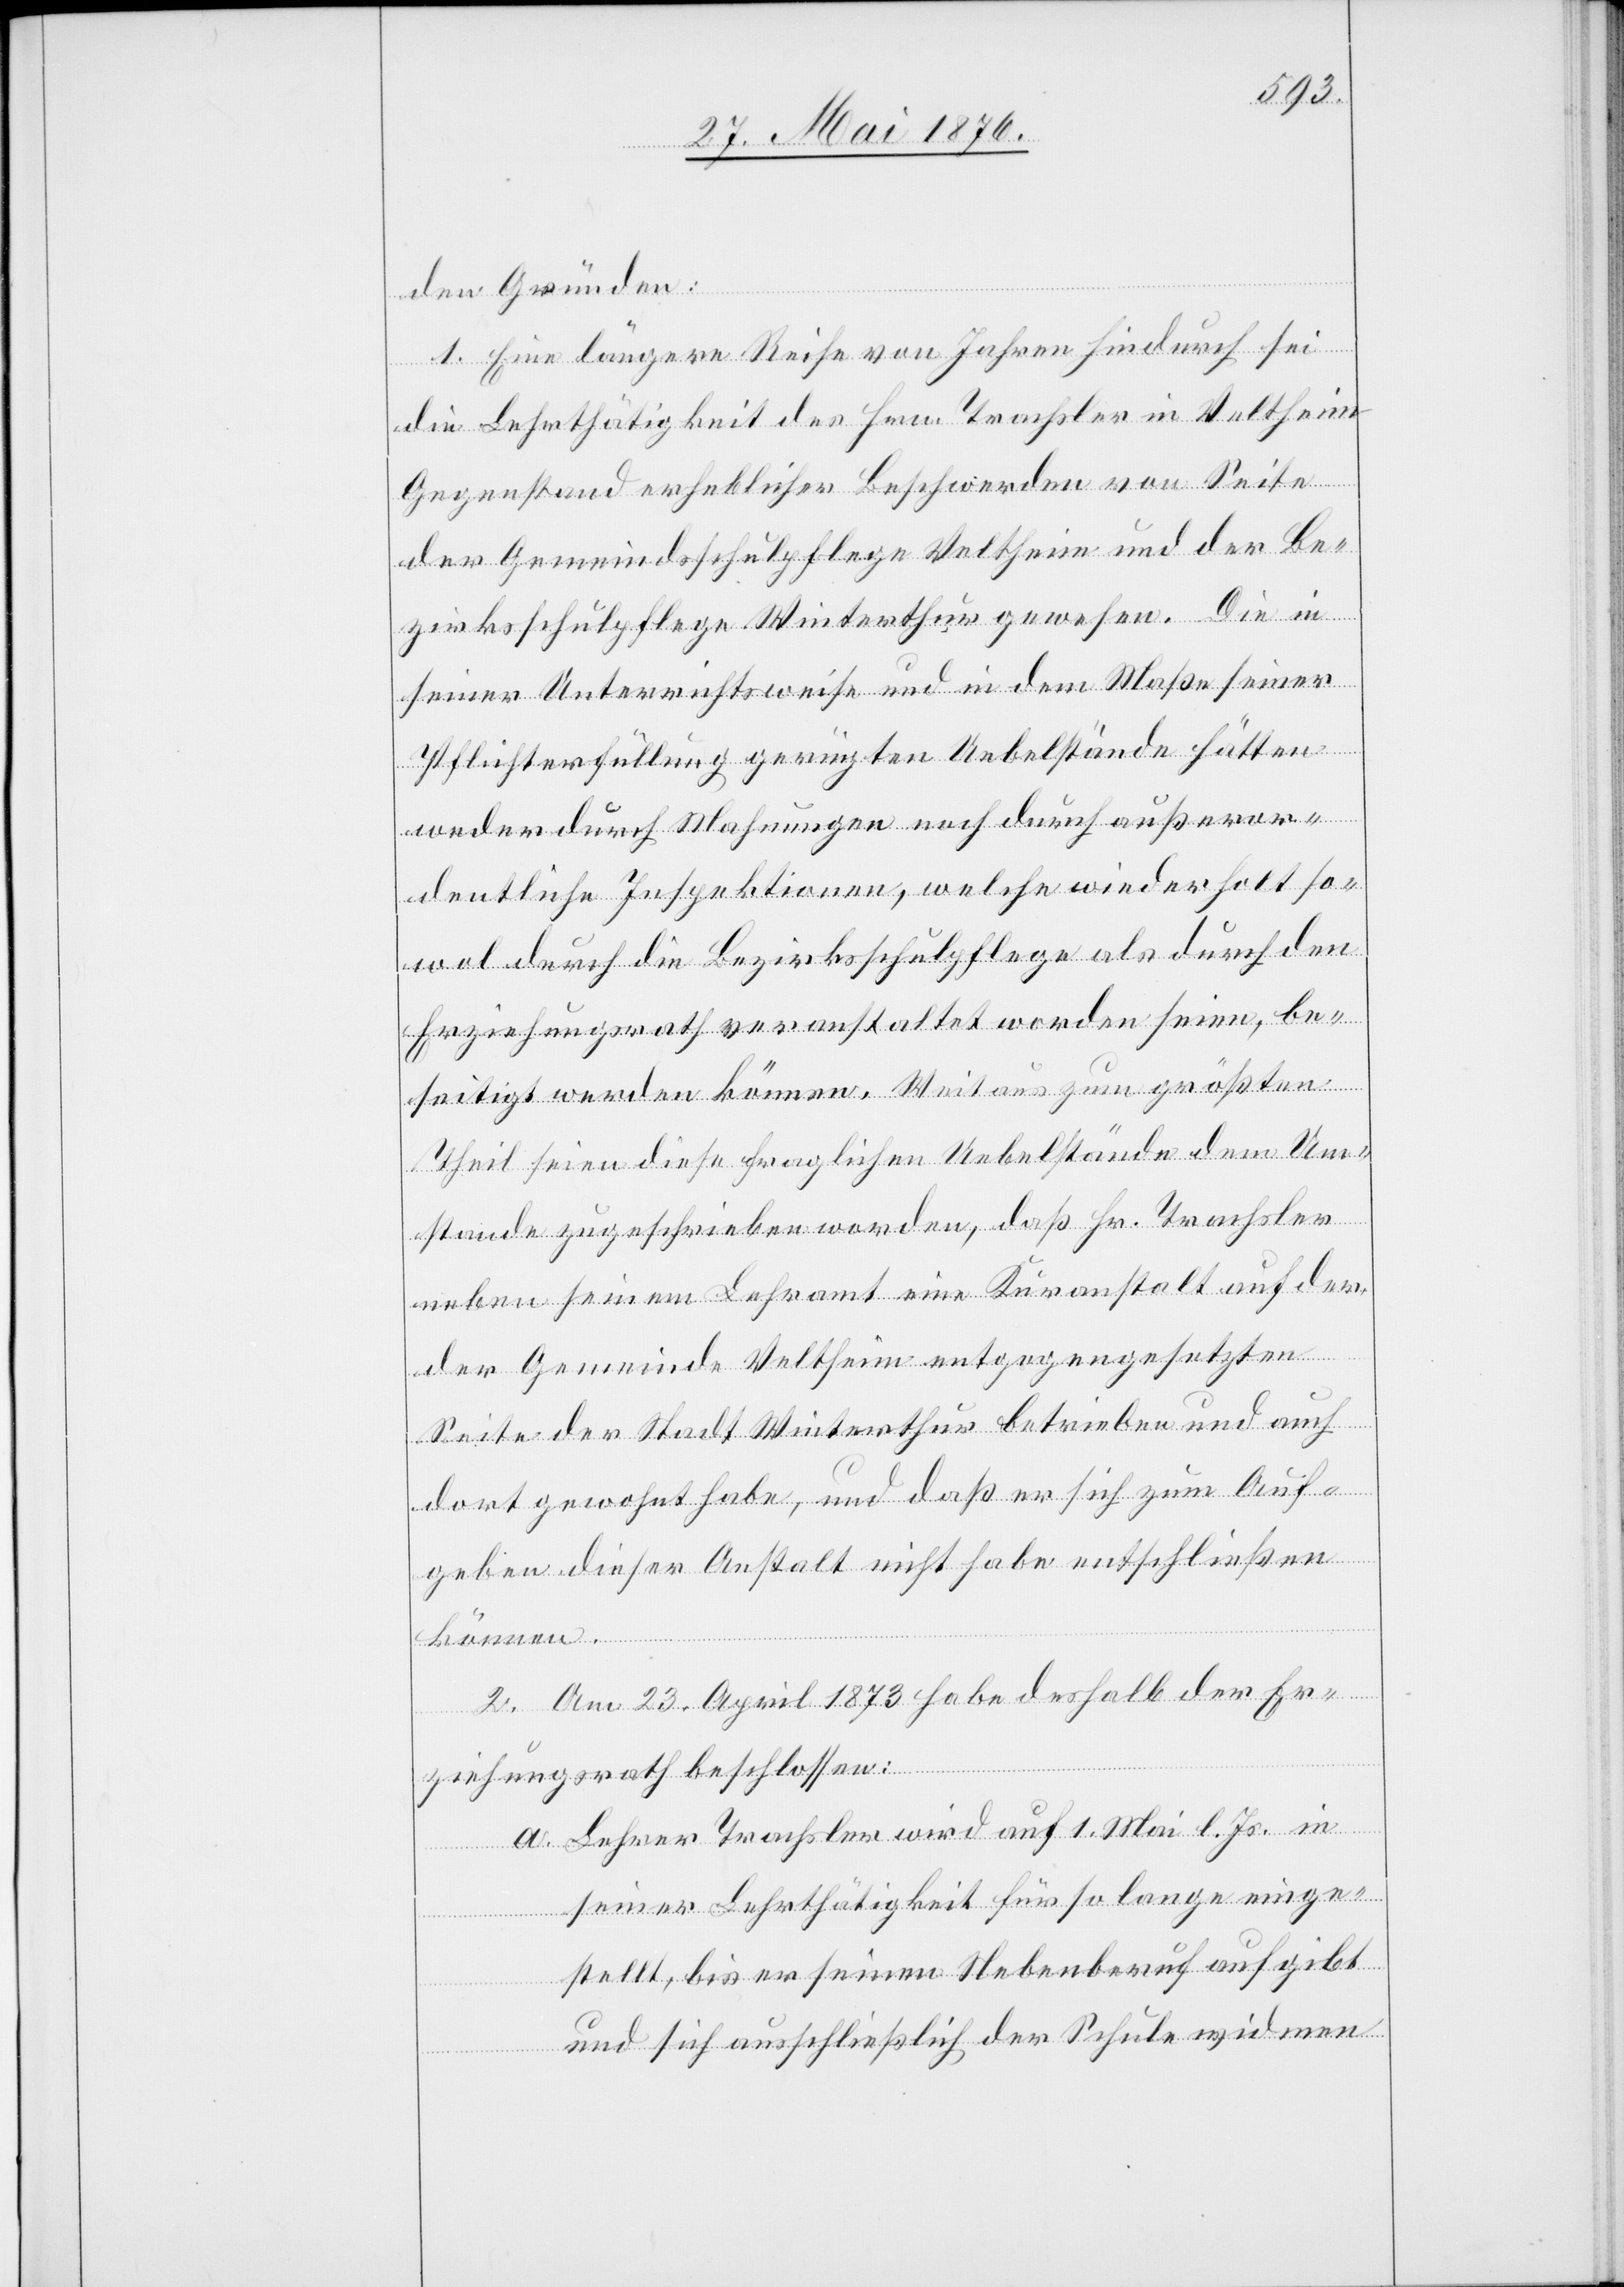
den Gründen:
1. Eine längere Reihe von Jahren hindurch sei
die Lehrtätigkeit des Hrn. Trachsler in Veltheim
Gegenstand erheblicher Beschwerden von Seite
der Gemeindsschulpflege Veltheim und der Be¬
zirksschulpflege Winterthur gewesen. Die in
seiner Unterrichtsweise und in dem Maße seiner
Pflichterfüllung gerügten Uebelstände hätten
weder durch Mahnungen noch durch außeror¬
dentliche Inspektionen, welche wiederholt so¬
wol durch die Bezirksschulpflege als durch den
Erziehungsrath veranstaltet worden seien, be¬
seitigt werden können. Weitaus zum größten
Theil seien diese fraglichen Uebelstände dem Um¬
stande zugeschrieben worden, daß Hr. Trachsler
neben seinem Lehramt eine Kuranstalt auf der
der Gemeinde Veltheim entgegengesetzten
Seite der Stadt Winterthur betrieben und auch
dort gewohnt habe, und daß er sich zum Auf¬
geben dieser Anstalt nicht habe entschließen
können.
2. Am 23. April 1873 habe deshalb der Er¬
ziehungsrath beschlossen:
a. Lehrer Trachsler wird auf 1. Mai l. Js. in
seiner Lehrthätigkeit für so lange einge¬
stellt, bis er seinen Nebenberuf aufgibt
und sich ausschließlich der Schule widmen